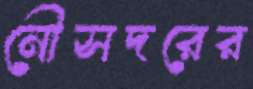
নৌসদরের